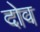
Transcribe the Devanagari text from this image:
दोव